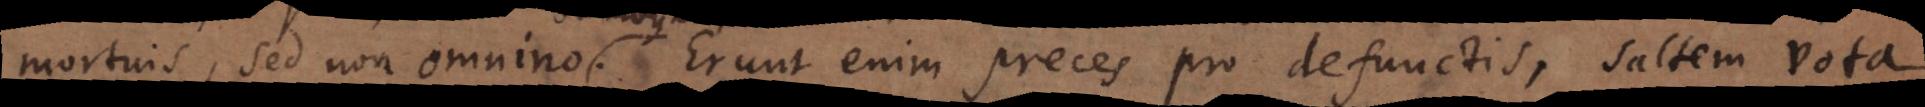
mortuis, sed non omnino. Erunt enim preces pro defunctis, saltem vota